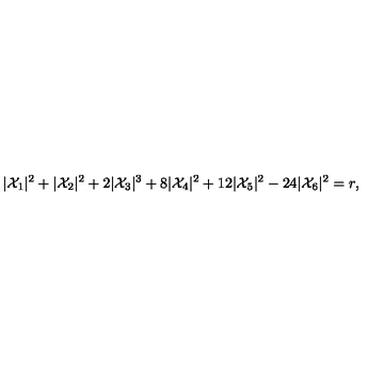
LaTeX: | { \cal X } _ { 1 } | ^ { 2 } + | { \cal X } _ { 2 } | ^ { 2 } + 2 | { \cal X } _ { 3 } | ^ { 3 } + 8 | { \cal X } _ { 4 } | ^ { 2 } + 1 2 | { \cal X } _ { 5 } | ^ { 2 } - 2 4 | { \cal X } _ { 6 } | ^ { 2 } = r ,